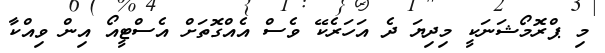
މި ޕްރޮމޯޝަނަކީ މިދިޔަ ދެ އަހަރެކޭ ވެސް އެއްގޮތަށް އެސްޓީއޯ އިން ވިއްކާ